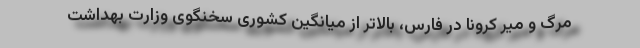
مرگ و میر کرونا در فارس، بالاتر از میانگین کشوری سخنگوی وزارت بهداشت